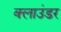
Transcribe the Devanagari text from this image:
क्लाउंडर